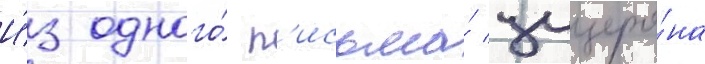
И́з одного́ п'исьма́ цицеро́на